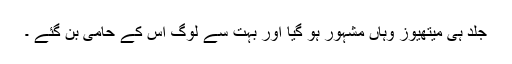
جلد ہی میتھیوز وہاں مشہور ہو گیا اور بہت سے لوگ اس کے حامی بن گئے ۔